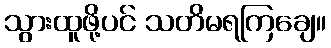
သွားထူဖို့ပင် သတိမရကြချေ။